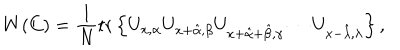
W ( C ) = \frac { 1 } { N } \mathrm { t r } \left\{ U _ { x , \alpha } U _ { x + \hat { \alpha } , \beta } U _ { x + \hat { \alpha } + \hat { \beta } , \gamma } \cdots U _ { x - \hat { \lambda } , \lambda } \right\} ,